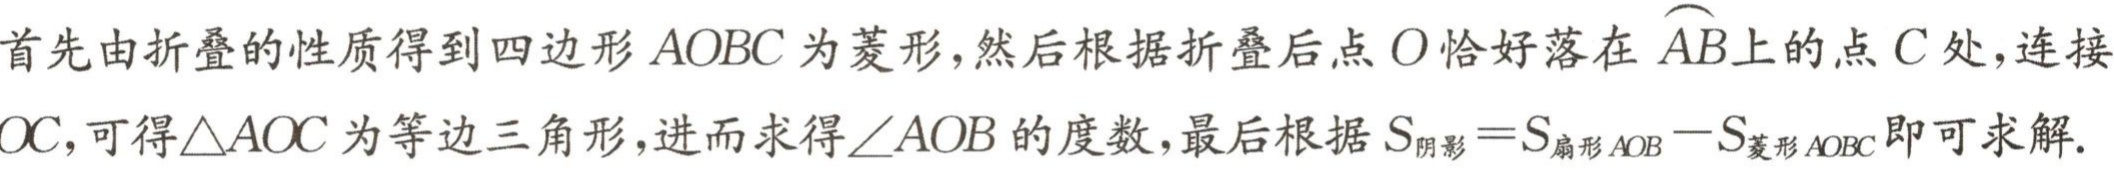
首先由折叠的性质得到四边形\(AOBC\)为菱形,然后根据折叠后点\(O\)恰好落在\(\overset{\frown}{AB}\)上的点\(C\)处,连接\(OC\),可得\(\triangle AOC\)为等边三角形,进而求得\(\angle AOB\)的度数,最后根据\(S_{阴影}=S_{扇形AOB}-S_{菱形AOBC}\)即可求解.